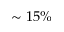
\sim 1 5 \%